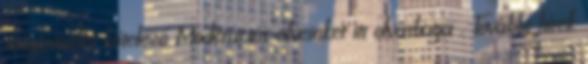
magaviselet kötelező Moderációs elveinket itt olvashatja . További hírek